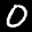
Label: 0